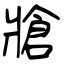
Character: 牄